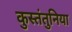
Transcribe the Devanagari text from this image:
कुस्तंतुनिया